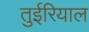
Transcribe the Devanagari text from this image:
तुईरियाल